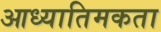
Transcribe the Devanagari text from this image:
आध्यातिमकता